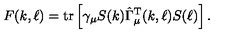
F ( k , \ell ) = \mathrm { t r } \left[ \gamma _ { \mu } S ( k ) \hat { \Gamma } _ { \mu } ^ { \mathrm { T } } ( k , \ell ) S ( \ell ) \right] .